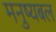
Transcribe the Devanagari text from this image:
मनुष्यबल